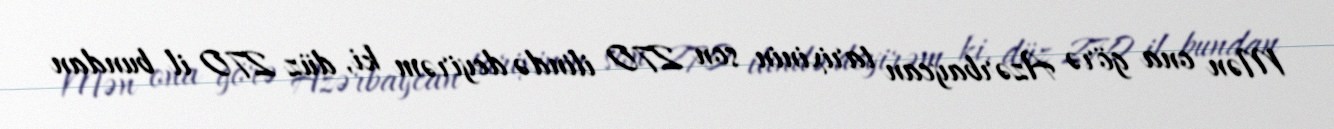
Mən ona görə Azərbaycan tarixinin son 270 ilində deyirəm ki, düz 270 il bundan